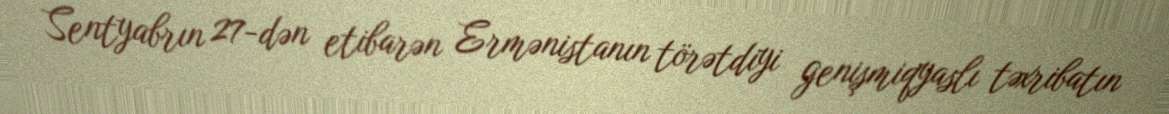
Sentyabrın 27-dən etibarən Ermənistanın törətdiyi genişmiqyaslı təxribatın